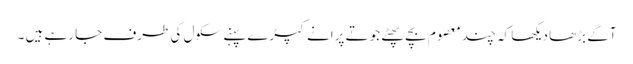
آگے بڑھا دیکھا کہ چند معصوم بچے پھٹے جوتے پرانے کپڑے پہنے سکول کی طرف جا رہے ہیں ۔